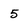
Character: 5